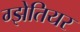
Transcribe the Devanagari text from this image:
ग्झेतियर